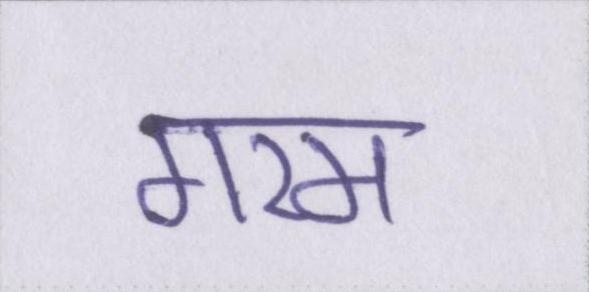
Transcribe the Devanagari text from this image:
गरम